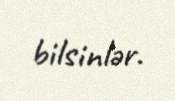
bilsinlər.